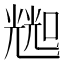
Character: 𱔛